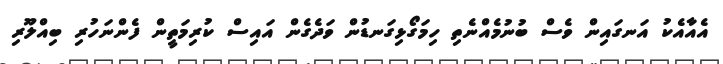
އެއާއެކު އަނގައިން ވެސް ބުނުމެއްނެތި ހިމަގޯޅިގަނޑުން ވަދެގެން އައިސް ކުރިމަތީން ފެންނަހުރި ބިއްލޫރި